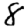
Digit: 8